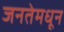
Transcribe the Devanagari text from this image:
जनतेमधून